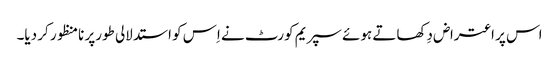
اس پر اعتراض دِکھاتے ہوئے سپریم کورٹ نے اِس کو استدلالی طورپر نامنظور کر دیا۔